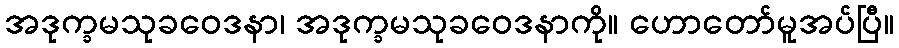
အဒုက္ခမသုခဝေဒနာ၊ အဒုက္ခမသုခဝေဒနာကို။ ဟောတော်မူအပ်ပြီ။